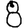
Digit: 8